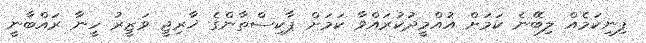
ފިނިކަމެއް ލިބޭނެ ކަމަށް އުއްމީދުކުރައްވާ ކަމަށް ޕާކިސްތާންގެ ޚާރިޖީ ވަޒީރު ހީނާ ރައްބާނީ